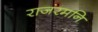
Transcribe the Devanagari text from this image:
राजरमनि